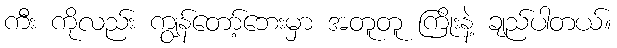
ကီး ကိုလည်း ကျွန်တော့်ဘေးမှာ အတူတူ ကြိုးနဲ့ ချည်ပါတယ်။